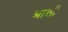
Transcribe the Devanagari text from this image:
आत्ताँ